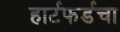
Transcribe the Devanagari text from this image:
हार्टफर्डचा